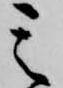
其